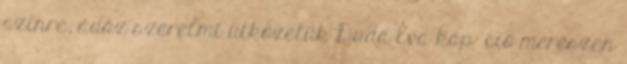
színre, ádáz szerelmi ütközetük Duda Éva káp- ció merészen